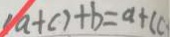
( a + c ) + b = a + c